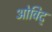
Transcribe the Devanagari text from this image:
ओविद्